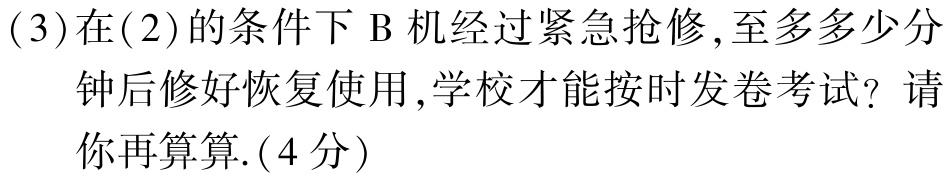
(3)在(2)的条件下 B 机经过紧急抢修,至多多多少分

钟后修好恢复使用,学校才能按时发卷考试？请

你再算算.(4分)